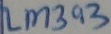
Text: LM393